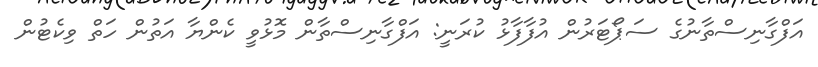
އަފްގާނިސްތާނުގެ ސަޕޯޓަރުން އުފާފާޅު ކުރަނީ: އަފްގާނިސްތާން މޮޅުވީ ކެންޔާ އަތުން ހަތް ވިކެޓުން